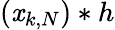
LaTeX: (\mathit{x}_{k,N})*h